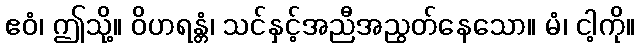
ဧဝံ၊ ဤသို့။ ဝိဟရန္တံ၊ သင်နှင့်အညီအညွတ်နေသော။ မံ၊ ငါ့ကို။